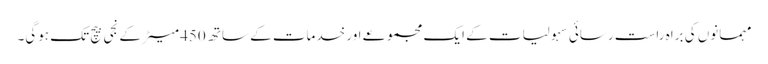
مہمانوں کی براہ راست رسائی سہولیات کے ایک مجموعے اور خدمات کے ساتھ 450 میٹر کے نجی بیچ تک ہوگی۔